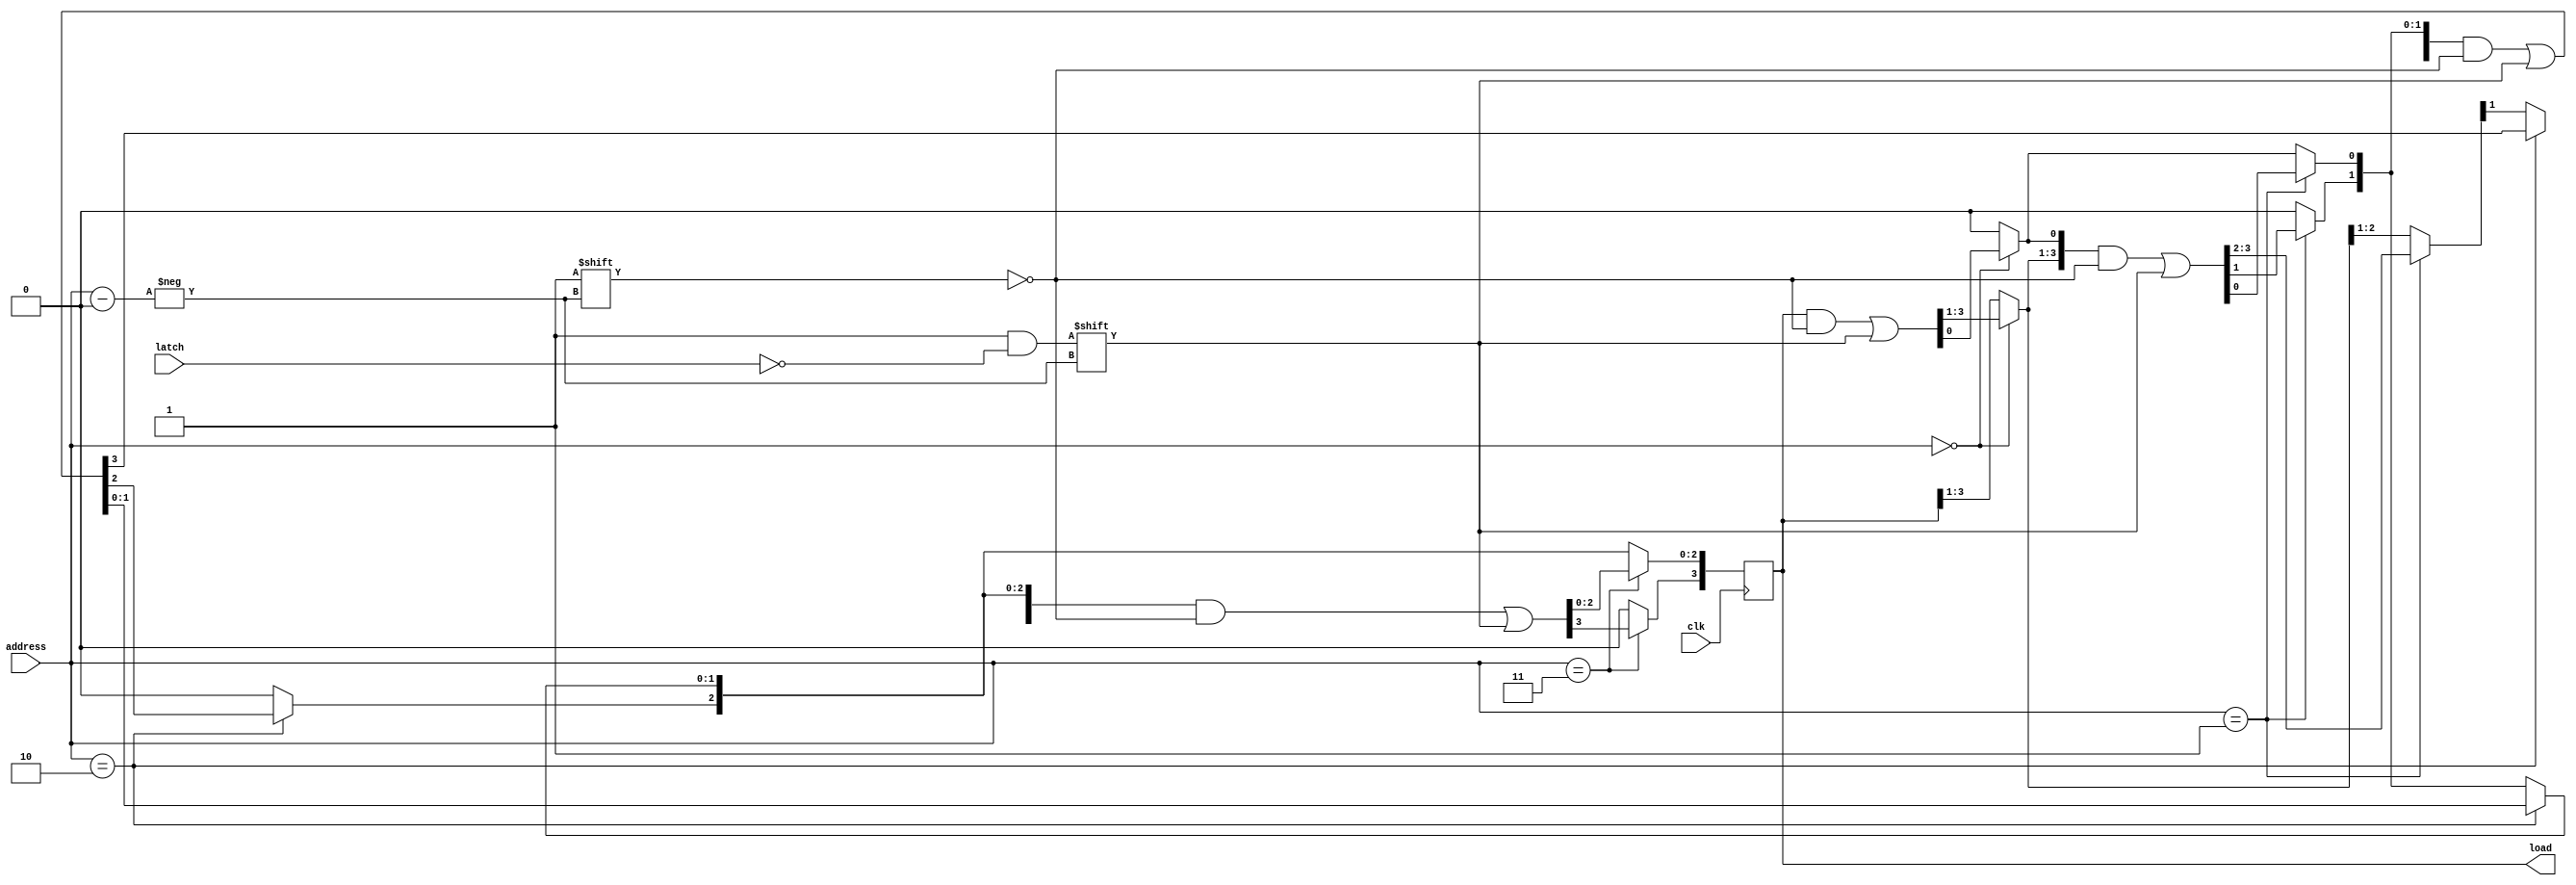
module Address_Decoder # (    // this module behave like a dmux
      parameter channels = 4, // number of channels are parametrized and 4 is set as default value
		parameter nbits = 2 // width of address bits and 2 is set as default value 
		)(
		 input clk,                       // input clock
		 input [nbits-1:0] address,       // input address line
		 input latch,                     // latch signal
		 output reg [channels-1:0] load   // output of the Address decoder, the width of the output is equal to number of channels
		 );
		 
integer i;    // this variable is used in the for loop 


always @(posedge clk) begin             // check for every positive edge of the clock
      
for (i = 0; i < channels; i = i + 1) begin   // this loop is used to connect appropriate output line to the input latch
   if (address == i) begin                   
	   load[address] <= ~latch; 
      		// latch value is negated and given to the addressed channel, as it would be usefull when testing the hardware 
	end
	
	else begin
	load[i] <= 0;	// set bit zero for remaining output lines
	end
	
	end
end	



endmodule